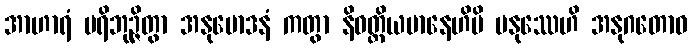
အာဟာရံ ပရိဘုဉ္ဇိတွာ အနုမောဒနံ ကတွာ နိဝတ္တိယမာနေဟိပိ မနုဿေဟိ အနုဂတောဝ